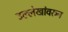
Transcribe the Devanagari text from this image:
उल्लेखांवरुन